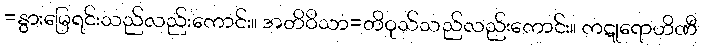
=နွားမြေရင်းသည်လည်းကောင်း။ အတိဝိသာ=တိဝုသ်သည်လည်းကောင်း။ ကဋုရောဟိဏီ